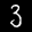
Label: 3